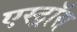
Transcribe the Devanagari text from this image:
एस्ट्रॉस